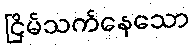
ငြိမ်သက်နေသော